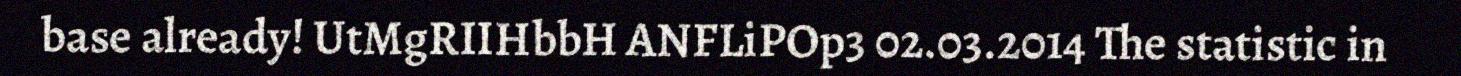
base already! UtMgRIIHbbH ANFLiPOp3 02.03.2014 The statistic in